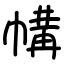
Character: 㡚